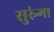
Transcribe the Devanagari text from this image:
सुरुंगा